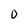
Character: 0